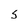
Character: S